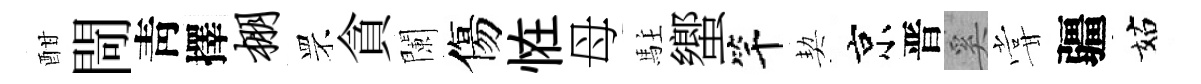
酣閜靑擇棚罘貪闌傷恠母駐蠁竿契京晋奚甞疆姑